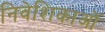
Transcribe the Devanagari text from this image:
निवेशिकाओं